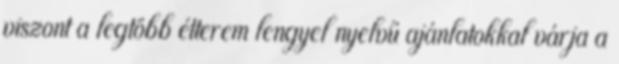
viszont a legtöbb étterem lengyel nyelvű ajánlatokkal várja a